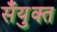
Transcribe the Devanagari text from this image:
सँयुक्त